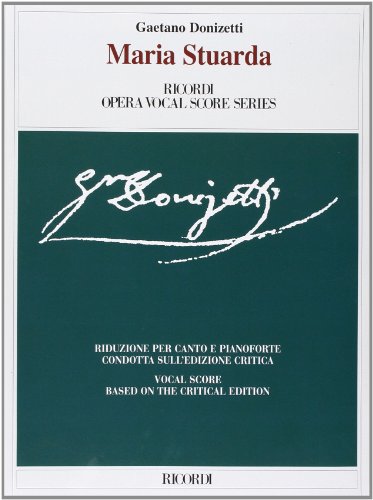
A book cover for Maria Stuarda: Vocal Score (Ricordi Opera Vocal Score); Humor & Entertainment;